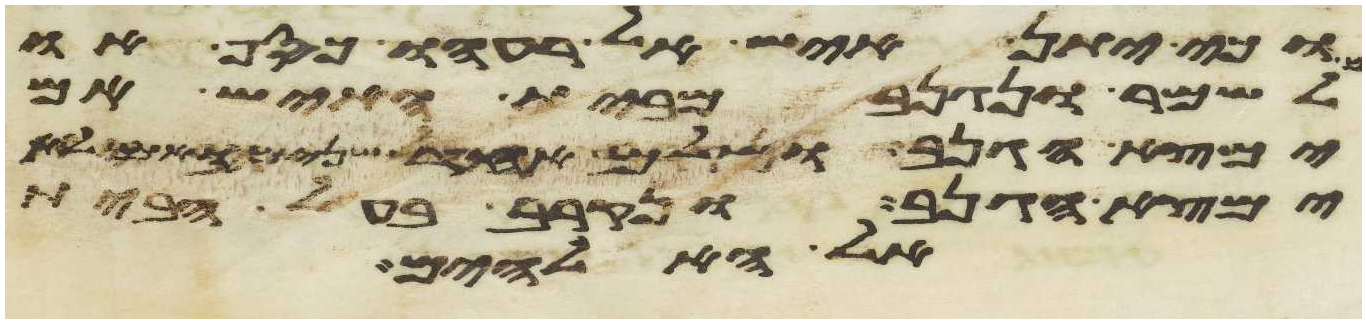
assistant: וכי יתן איש אל רעהו כסף או
לשמר ונגנב מבית האיש אם
ימצא הגנב ושלם אחד שנים ואם לא
ימצא הגנב ונקרב בעל הבית
אל האלהים